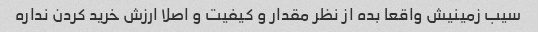
سیب زمینیش واقعا بده از نظر مقدار و کیفیت و اصلا ارزش خرید کردن نداره